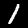
Digit: 1